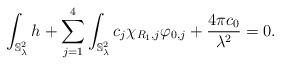
LaTeX: \begin{align*}\int_{\mathbb{S}^2_{\lambda}}h + \sum\limits_{j=1}^4 \int_{\mathbb{S}^2_{\lambda}}c_j \chi_{R_1,j}\varphi_{0,j}+\frac{4\pi c_0}{\lambda^2}=0.\end{align*}